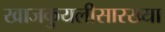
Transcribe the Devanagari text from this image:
खाजकुयलीसारख्या